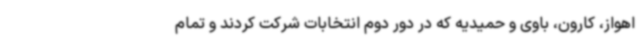
اهواز، کارون، باوی و حمیدیه که در دور دوم انتخابات شرکت کردند و تمام